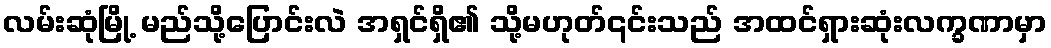
လမ်းဆုံမြို့ မည်သို့ပြောင်းလဲ အရှင်ရှိ၏ သို့မဟုတ်၎င်းသည် အထင်ရှားဆုံးလက္ခဏာမှာ